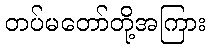
တပ်မတော်တို့အကြား